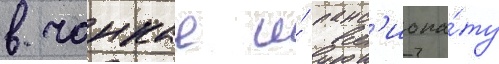
в чанкае и́ панс'иона́ту